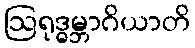
ဩရုဒ္ဓမ္ဘာဂိယာတိ